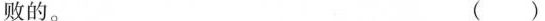
败的。 ( )